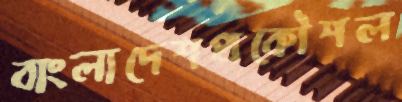
বাংলাদেশপ্রকৌশল